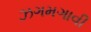
ઝગમગાવી